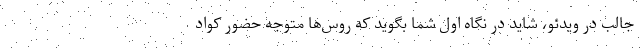
جالب در ویدئو، شاید در نگاه اول شما بگوید که روس‌ها متوجه حضور کواد